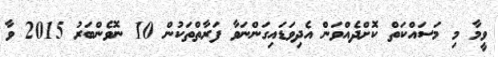
ވީމާ މި މަސައްކަތް ކޮށްދެއްވަން އެދިވަޑައިގަންނަވާ ފަރާތްތަކުން 10 ނޮވެންބަަރު 2015 ވާ